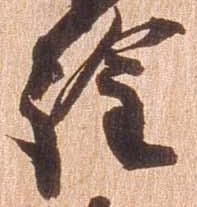
詮